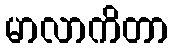
မာလာကိတာ